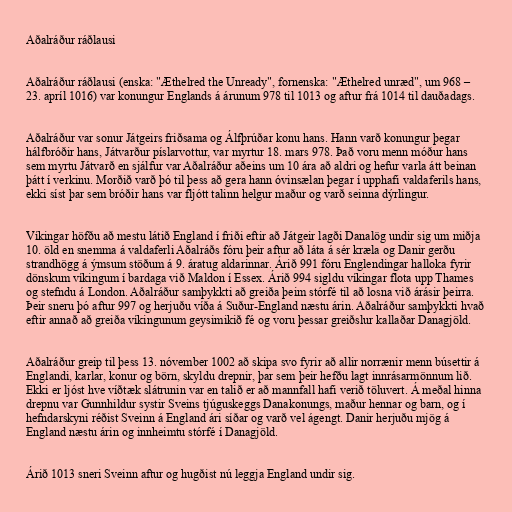
Aðalráður ráðlausi

Aðalráður ráðlausi (enska: "Æthelred the Unready", fornenska: "Æthelred unræd", um 968 –
23. apríl 1016) var konungur Englands á árunum 978 til 1013 og aftur frá 1014 til dauðadags.

Aðalráður var sonur Játgeirs friðsama og Álfþrúðar konu hans. Hann varð konungur þegar
hálfbróðir hans, Játvarður píslarvottur, var myrtur 18. mars 978. Það voru menn móður hans
sem myrtu Játvarð en sjálfur var Aðalráður aðeins um 10 ára að aldri og hefur varla átt beinan
þátt í verkinu. Morðið varð þó til þess að gera hann óvinsælan þegar í upphafi valdaferils hans,
ekki síst þar sem bróðir hans var fljótt talinn helgur maður og varð seinna dýrlingur.

Víkingar höfðu að mestu látið England í friði eftir að Játgeir lagði Danalög undir sig um miðja
10. öld en snemma á valdaferli Aðalráðs fóru þeir aftur að láta á sér kræla og Danir gerðu
strandhögg á ýmsum stöðum á 9. áratug aldarinnar. Árið 991 fóru Englendingar halloka fyrir
dönskum víkingum í bardaga við Maldon í Essex. Árið 994 sigldu víkingar flota upp Thames
og stefndu á London. Aðalráður samþykkti að greiða þeim stórfé til að losna við árásir þeirra.
Þeir sneru þó aftur 997 og herjuðu víða á Suður-England næstu árin. Aðalráður samþykkti hvað
eftir annað að greiða víkingunum geysimikið fé og voru þessar greiðslur kallaðar Danagjöld.

Aðalráður greip til þess 13. nóvember 1002 að skipa svo fyrir að allir norrænir menn búsettir á
Englandi, karlar, konur og börn, skyldu drepnir, þar sem þeir hefðu lagt innrásarmönnum lið.
Ekki er ljóst hve víðtæk slátrunin var en talið er að mannfall hafi verið töluvert. Á meðal hinna
drepnu var Gunnhildur systir Sveins tjúguskeggs Danakonungs, maður hennar og barn, og í
hefndarskyni réðist Sveinn á England ári síðar og varð vel ágengt. Danir herjuðu mjög á
England næstu árin og innheimtu stórfé í Danagjöld.

Árið 1013 sneri Sveinn aftur og hugðist nú leggja England undir sig.